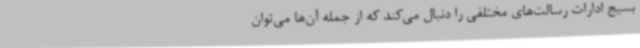
بسیج ادارات رسالت‌های مختلفی را دنبال می‌کند که از جمله آن‌ها می‌توان